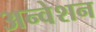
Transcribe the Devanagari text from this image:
अन्वेशन